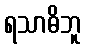
ရသာဓိဘူ